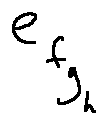
e _ { f _ { g _ { h } } }